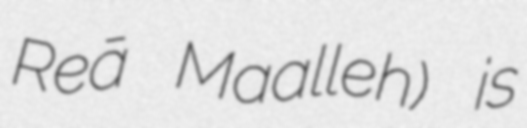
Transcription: Reẕā Maḩalleh) is